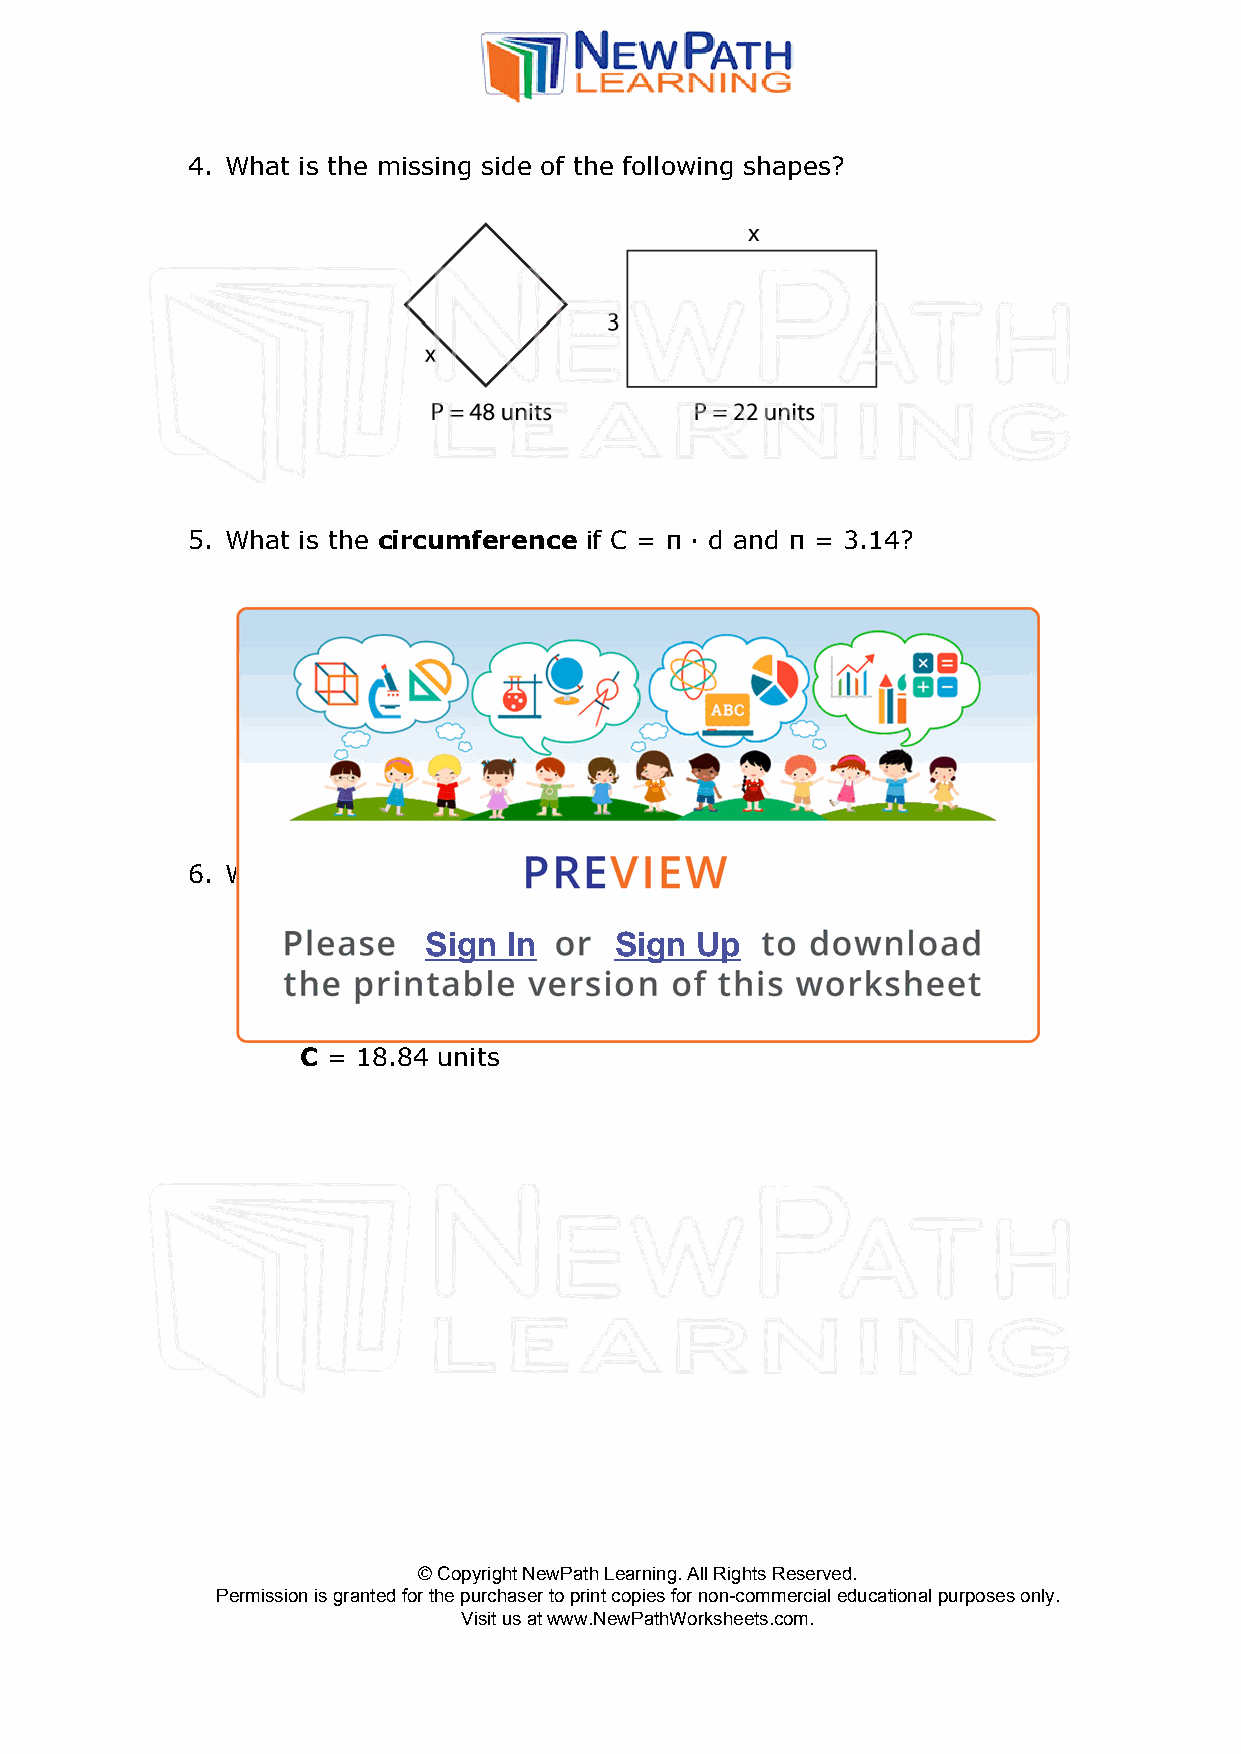
4. What is the missing side of the following shapes?
 5. What is the circumference if C = π · d and π = 3.14?
 d = 10
 d = 4
 r = 5.5
 6. What is the diameter given C = π · d and π = 3.14?
 Sign  In     Sign Up
 C = 6.28 units
 C = 18.84 units
 © Copyright NewPath Learning. All Rights Reserved.
 Permission is granted for the purchaser to print copies for non-commercial educational purposes only.
 Visit us at www.NewPathWorksheets.com.